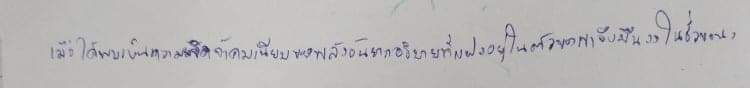
เมื่อได้พบเห็นความเจิดจ้าคมเฉียบของพลังอันยากอธิบายที่แฝงอยู่ในตัวของเขาจึงมึนงงไปชั่วขณะ